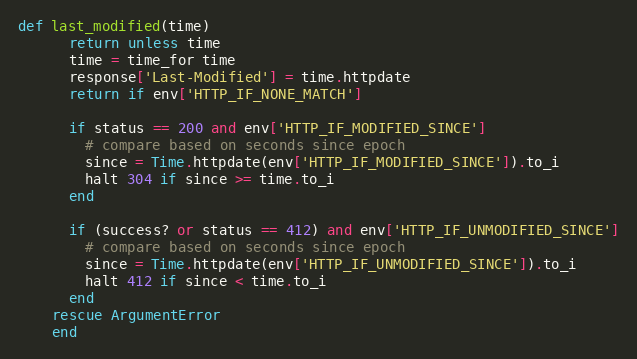
Language: Ruby
def last_modified(time)
      return unless time
      time = time_for time
      response['Last-Modified'] = time.httpdate
      return if env['HTTP_IF_NONE_MATCH']

      if status == 200 and env['HTTP_IF_MODIFIED_SINCE']
        # compare based on seconds since epoch
        since = Time.httpdate(env['HTTP_IF_MODIFIED_SINCE']).to_i
        halt 304 if since >= time.to_i
      end

      if (success? or status == 412) and env['HTTP_IF_UNMODIFIED_SINCE']
        # compare based on seconds since epoch
        since = Time.httpdate(env['HTTP_IF_UNMODIFIED_SINCE']).to_i
        halt 412 if since < time.to_i
      end
    rescue ArgumentError
    end